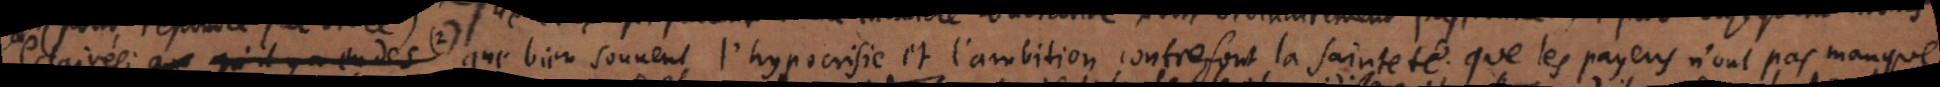
eclairés; que qu’il y a eus des (2) que bien souvent l’hypocrisie et l’ambition contrefont la sainteté; que les payens n’ont pas manqué